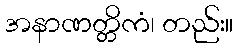
အနာဏတ္တိကံ၊ တည်း။